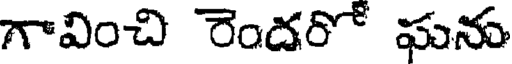
గావించి రెందరో ఘను